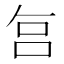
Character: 𠰞